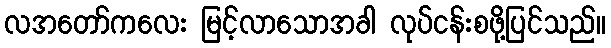
လအတော်ကလေး မြင့်လာသောအခါ လုပ်ငန်းစဖို့ပြင်သည်။